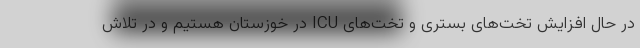
در حال افزایش تخت‌های بستری و تخت‌های ICU در خوزستان هستیم و در تلاش